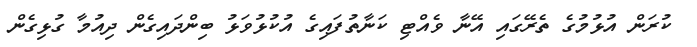
ކުރަން އުޅުމުގެ ތެރޭގައި އޭނާ ވެއްޓި ކަނާތުފައިގެ އުކުޅުވަޅު ބިންދައިގެން ދިއުމާ ގުޅިގެން